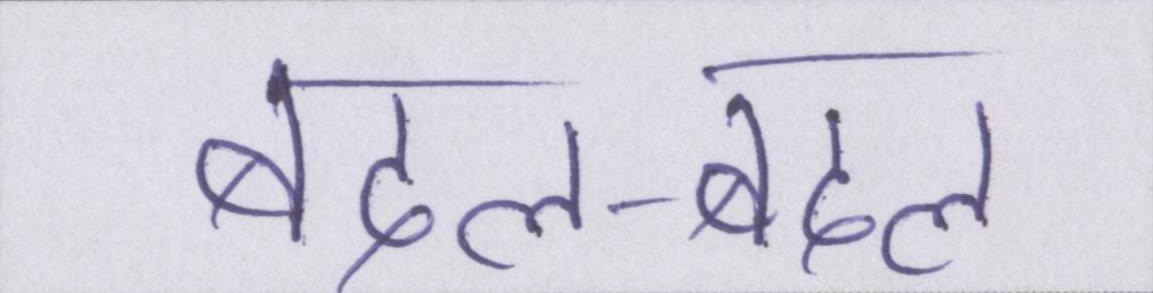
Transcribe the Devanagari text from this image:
बदल-बदल